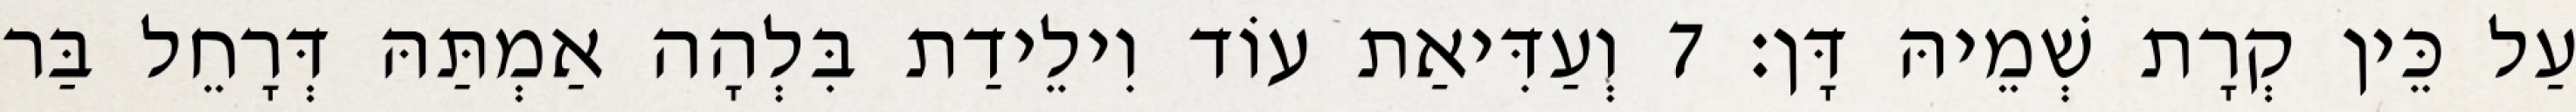
עַל כֵּין קְרָת שְׁמֵיהּ דָּן׃ 7 וְעַדִּיאַת עוֹד וִילֵידַת בִּלְהָה אַמְתַּהּ דְּרָחֵל בַּר